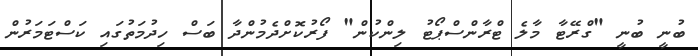
ބުނީ ބުނީ "ގްރޭޓާ މާލެ ޓްރާންސްޕޯޓު ލިންކުން" ފޯރުކޮށްދެމުންދާ ބަސް ހިދުމަތުގައި ކަސްޓަމަރުން